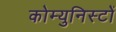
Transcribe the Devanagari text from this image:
कोम्युनिस्टों